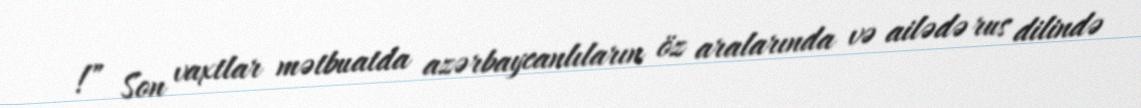
!” Son vaxtlar mətbuatda azərbaycanlıların öz aralarında və ailədə rus dilində